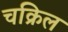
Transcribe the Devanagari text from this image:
चक्रिल